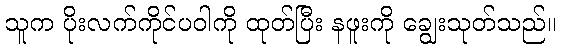
သူက ပိုးလက်ကိုင်ပဝါကို ထုတ်ပြီး နဖူးကို ချွေးသုတ်သည်။